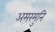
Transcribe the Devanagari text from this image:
अमरमुनि